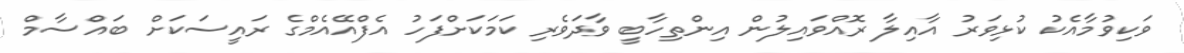
ވަކިވުމާއެކު ކުޅިވަރު އާއިލާ ރޮއްވަައިލުން އިންތިހާބީ ވާދަވެރި ކަމަކަށްފަހު އެފްއޭއެމްގެ ރައީސަކަށް ބައްސާމް